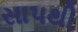
સાપથી